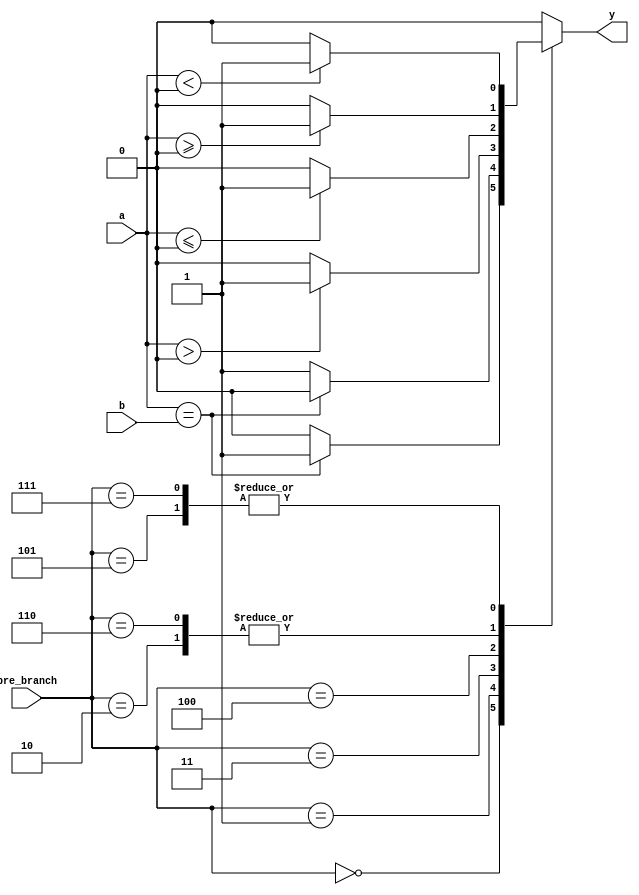
`timescale 1ns / 1ps
//////////////////////////////////////////////////////////////////////////////////
// Company: 
// Engineer: 
// 
// Design Name: 
// Module Name: eqcmp
// Project Name: 
// Target Devices: 
// Tool Versions: 
// Description: 
// 
// Dependencies: 
// 
// Revision:
// Revision 0.01 - File Created
// Additional Comments:
// 
//////////////////////////////////////////////////////////////////////////////////


module comp_branch(
	input wire [31:0] a,b,
	input wire [3:0]pre_branch,
	output wire y
    );
//    `BEQ:pre_branch<=4'b0000;
//			`BNE:pre_branch<=4'b0001;
//			`BGEZ:pre_branch<=4'b0010;
//			`BGTZ:pre_branch<=4'b0011;
//            `BLEZ:pre_branch<=4'b0100;
//            `BLTZ:pre_branch<=4'b0101;
//            `BGEZAL:pre_branch<=4'b0110;
    reg temp;
    always@(*)
    begin
        case(pre_branch)
        4'b0000: temp<= (a == b) ? 1 : 0;
        4'b0001: temp<= (a == b) ? 0 : 1;
        4'b0010: temp<= ( $signed(a) >= 0) ? 1 : 0;
        4'b0011: temp<= ( $signed(a) > 0) ? 1 : 0;
        4'b0100: temp<= ( $signed(a) <= 0) ? 1 : 0;
        4'b0101: temp<= ($signed(a) < 0) ? 1 : 0;
        4'b0110: temp<= ($signed(a) >= 0) ? 1 : 0;
        4'b0111:temp<=  ($signed(a) < 0) ? 1 : 0;
        default: temp<=0;
        endcase
    end
	assign y = temp;
endmodule